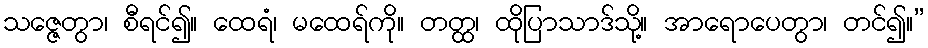
သဇ္ဇေတွာ၊ စီရင်၍။ ထေရံ၊ မထေရ်ကို။ တတ္ထ၊ ထိုပြာသာဒ်သို့။ အာရောပေတွာ၊ တင်၍။”